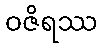
ဝဇိရဿ